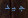
جيد